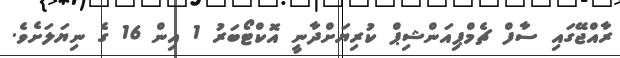
ރާއްޖޭގައި ސާފް ޗެމްޕިއަންޝިޕް ކުރިޔަށްދާނީ އޮކްޓޯބަރު 1 އިން 16 ގެ ނިޔަލަށެވެ.